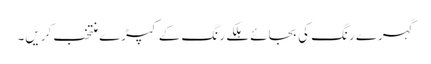
گہرے رنگ کی بجائے ہلکے رنگ کے کپڑے منتخب کریں۔